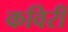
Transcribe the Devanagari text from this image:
कविरी